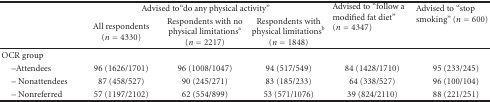
<table><thead><tr><td></td><td colspan="3"><b>Advised to“do any physical activity”</b></td><td rowspan="2"><b>Advised to “follow a modified fat diet” (<i>n</i> = 4347)</b></td><td rowspan="2"><b>Advised to “stop smoking” (<i>n</i> = 600)</b></td></tr><tr><td></td><td><b>All respondents (<i>n</i> = 4330)</b></td><td><b>Respondents with no physical limitations<sup>a</sup> (<i>n</i> = 2217)</b></td><td><b>Respondents with physical limitations<sup>b</sup> (<i>n</i> = 1848)</b></td></tr></thead><tbody><tr><td>OCR group</td><td></td><td></td><td></td><td></td><td></td></tr><tr><td> –Attendees</td><td>96 (1626/1701)</td><td>96 (1008/1047)</td><td>94 (517/549)</td><td>84 (1428/1710)</td><td> 95 (233/245)</td></tr><tr><td> – Nonattendees</td><td>87 (458/527)</td><td>90 (245/271)</td><td>83 (185/233)</td><td>64 (338/527)</td><td> 96 (100/104)</td></tr><tr><td> – Nonreferred</td><td>57 (1197/2102)</td><td>62 (554/899)</td><td>53 (571/1076)</td><td>39 (824/2110)</td><td>88 (221/251)</td></tr></tbody></table>